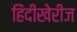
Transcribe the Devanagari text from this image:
हिंदीखेरीज